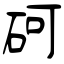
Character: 砢